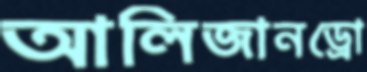
আলিজানড্রো